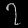
Digit: ၇